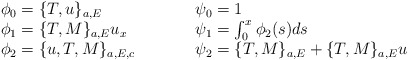
\begin{align*}\begin{array}{lcl}\phi_0=\{T,u\}_{a,E} & \qquad&\psi_0=1\\\phi_1=\{T,M\}_{a,E}u_x &\qquad& \psi_1=\int_0^x\phi_2(s)ds\\\phi_2=\{u,T,M\}_{a,E,c} &\qquad&\psi_2=\{T,M\}_{a,E}+\{T,M\}_{a,E}u\end{array}\end{align*}